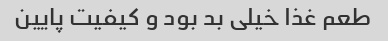
طعم غذا خیلی بد بود و کیفیت پایین